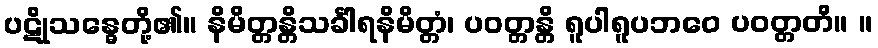
ပဋိုသန္ဓေတို့၏။ နိမိတ္တန္တိသင်္ခါရနိမိတ္တံ၊ ပဝတ္တန္တိ ရူပါရူပဘဝေ ပဝတ္တတိ။ ။